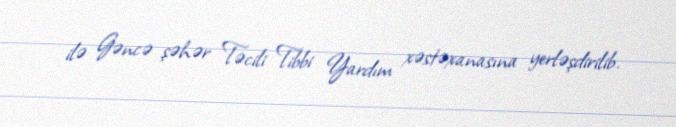
ilə Gəncə şəhər Təcili Tibbi Yardım xəstəxanasına yerləşdirilib.